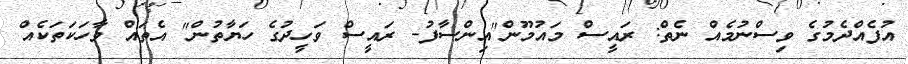
އުފެއްދެމުގެ ވިސްނުމެއް ނެތް: ރައީސް މައުމޫން"އިންސާފު- ރައީސް ވަހީދުގެ ހަޔާތުން" އެތަައް ވާހަކަތަކެއް